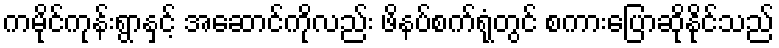
ကမိုင်ကုန်းရွာနှင့် အဆောင်ကိုလည်း ဖိနပ်စက်ရုံတွင် စကားပြောဆိုနိုင်သည်